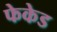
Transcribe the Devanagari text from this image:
फेकेड